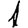
Digit: 1